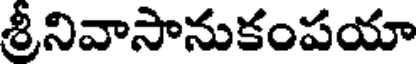
శ్రీనివాసానుకంపయా